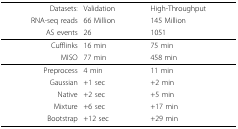
| Datasets: | Validation | High-Throughput |
 | RNA-seq reads | 66 Million | 145 Million |
 | AS events | 26 | 1051 |
 | --- | --- | --- |
 | Cufflinks | 16 min | 75 min |
 | MISO | 77 min | 458 min |
 | Preprocess | 4 min | 11 min |
 | Gaussian | +1 sec | +2 min |
 | Native | +2 sec | +5 min |
 | Mixture | +6 sec | +17 min |
 | Bootstrap | +12 sec | +29 min |